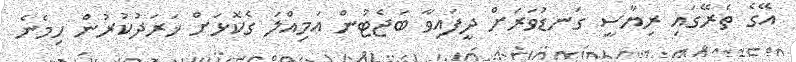
އޭގެ ތެރޭގައި ރިޔާސީ ގަނޑުވަރަށް ދީފައިވާ ބަޖެޓުން އަމިއްލަ ގެކޮޅަށް ޚަރަދުކުރުން ހިމެނެ